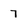
Character: 7